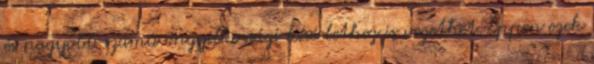
és nagyobb számú öngyilkossági kísérlethez is vezethet. Éppen ezek